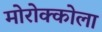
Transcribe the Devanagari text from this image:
मोरोक्कोला